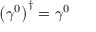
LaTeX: \left( \gamma ^ { 0 } \right) ^ { \dagger } = \gamma ^ { 0 }